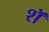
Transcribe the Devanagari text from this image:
शॅ